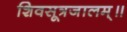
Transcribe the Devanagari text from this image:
शिवसूत्रजालम्॥